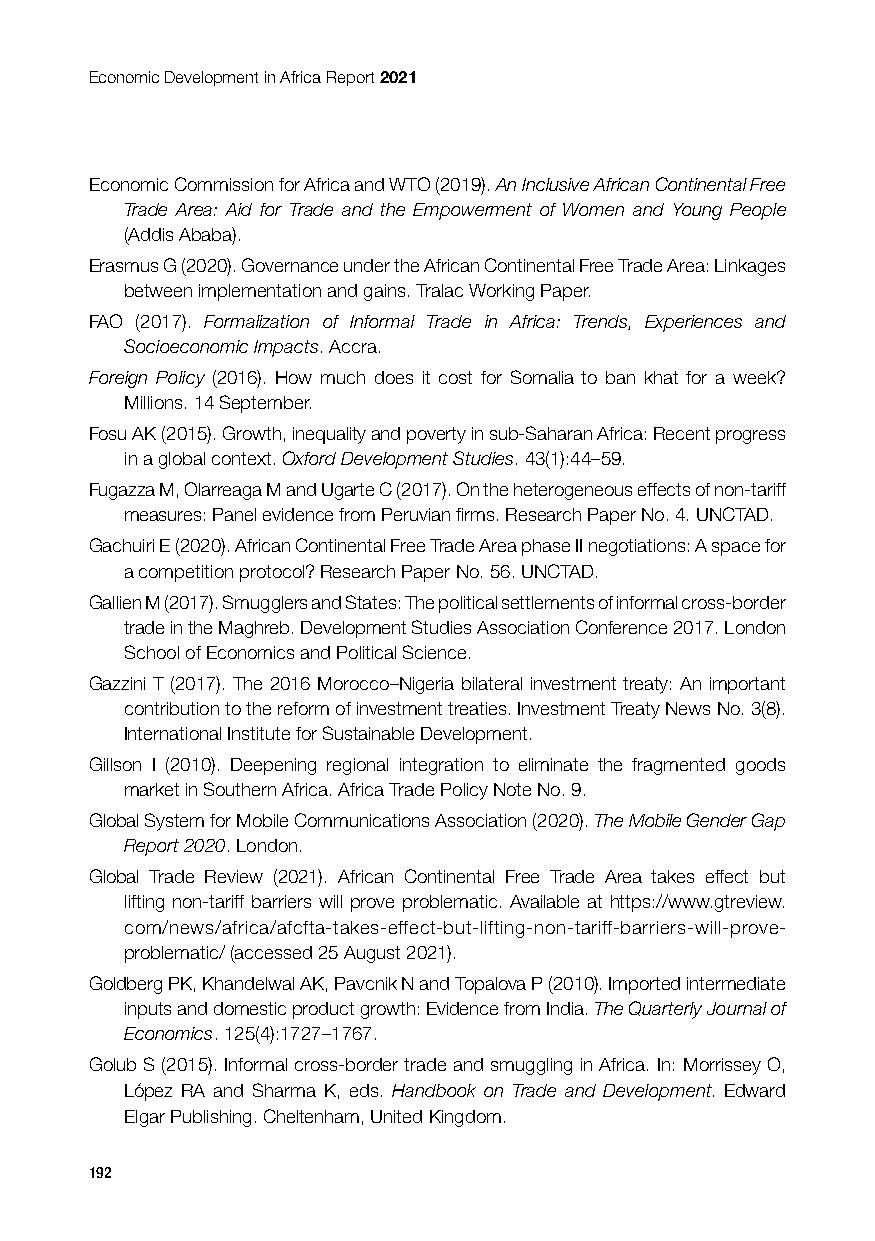
Economic Development in Africa Report 2021
 Economic Commission for Africa and WTO (2019). An Inclusive African Continental Free
 Trade Area: Aid for Trade and the Empowerment of Women and Young People
 (Addis Ababa).
 Erasmus G (2020). Governance under the African Continental Free Trade Area: Linkages
 between implementation and gains. Tralac Working Paper.
 FAO (2017). Formalization of Informal Trade in Africa: Trends, Experiences and
 Socioeconomic Impacts. Accra.
 Foreign Policy (2016). How much does it cost for Somalia to ban khat for a week?
 Millions. 14 September.
 Fosu AK (2015). Growth, inequality and poverty in sub-Saharan Africa: Recent progress
 in a global context. Oxford Development Studies. 43(1):44–59.
 Fugazza M, Olarreaga M and Ugarte C (2017). On the heterogeneous effects of non-tariff
 measures: Panel evidence from Peruvian firms. Research Paper No. 4. UNCTAD.
 Gachuiri E (2020). African Continental Free Trade Area phase II negotiations: A space for
 a competition protocol? Research Paper No. 56. UNCTAD.
 Gallien M (2017). Smugglers and States: The political settlements of informal cross-border
 trade in the Maghreb. Development Studies Association Conference 2017. London
 School of Economics and Political Science.
 Gazzini T (2017). The 2016 Morocco–Nigeria bilateral investment treaty: An important
 contribution to the reform of investment treaties. Investment Treaty News No. 3(8).
 International Institute for Sustainable Development.
 Gillson I (2010). Deepening regional integration to eliminate the fragmented goods
 market in Southern Africa. Africa Trade Policy Note No. 9.
 Global System for Mobile Communications Association (2020). The Mobile Gender Gap
 Report 2020. London.
 Global Trade Review (2021). African Continental Free Trade Area takes effect but
 lifting non-tariff barriers will prove problematic. Available at https://www.gtreview.
 com/news/africa/afcfta-takes-effect-but-lifting-non-tariff-barriers-will-prove-
 problematic/ (accessed 25 August 2021).
 Goldberg PK, Khandelwal AK, Pavcnik N and Topalova P (2010). Imported intermediate
 inputs and domestic product growth: Evidence from India. The Quarterly Journal of
 Economics. 125(4):1727–1767.
 Golub S (2015). Informal cross-border trade and smuggling in Africa. In: Morrissey O,
 López RA and Sharma K, eds. Handbook on Trade and Development. Edward
 Elgar Publishing. Cheltenham, United Kingdom.
 192